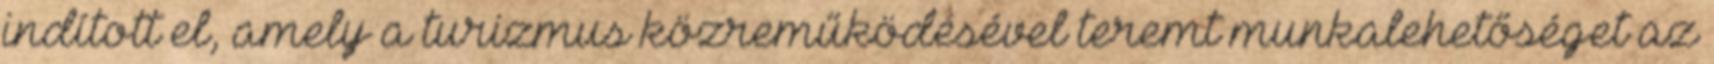
indított el, amely a turizmus közreműködésével teremt munkalehetőséget az